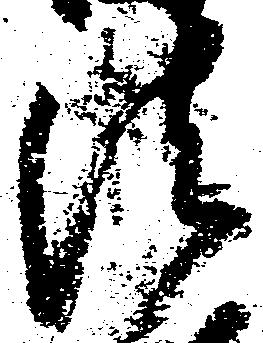
法